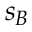
s _ { B }